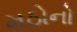
મઠોનો